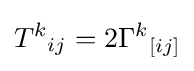
T^{k}{}_{ij}=2\Gamma ^{k}{}_{[ij]}